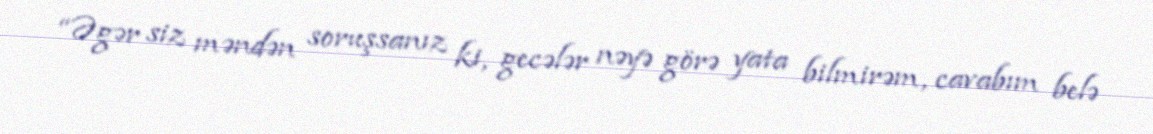
“Əgər siz məndən soruşsanız ki, gecələr nəyə görə yata bilmirəm, cavabım belə